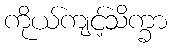
ကိုယ်ကျင့်သိက္ခာ